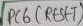
Text: PC6 (RESET)